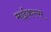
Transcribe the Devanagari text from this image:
माईकल्स